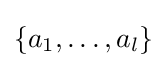
\{a_{1},\ldots ,a_{l}\}